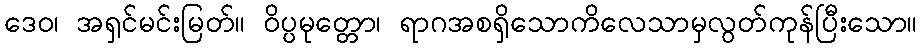
ဒေဝ၊ အရှင်မင်းမြတ်။ ဝိပ္ပမုတ္တော၊ ရာဂအစရှိသောကိလေသာမှလွတ်ကုန်ပြီးသော။